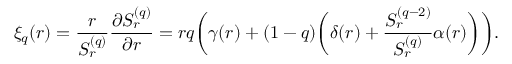
\xi _ { q } ( r ) = \frac { r } { S _ { r } ^ { ( q ) } } \frac { \partial S _ { r } ^ { ( q ) } } { \partial r } = r q \biggl ( \gamma ( r ) + ( 1 - q ) \biggl ( \delta ( r ) + \frac { S _ { r } ^ { ( q - 2 ) } } { S _ { r } ^ { ( q ) } } \alpha ( r ) \biggr ) \biggr ) .